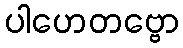
ပါဟေတဗ္ဗော